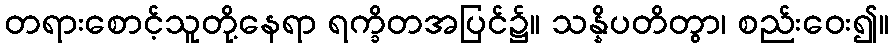
တရားစောင့်သူတို့နေရာ ရက္ခိတအပြင်၌။ သန္နိပတိတွာ၊ စည်းဝေး၍။